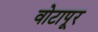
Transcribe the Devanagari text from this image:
वोटापूर